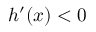
h ^ { \prime } ( x ) < 0